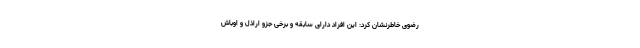
رضوی خاطرنشان کرد: این افراد دارای سابقه و برخی جزو اراذل و اوباش